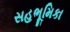
સહભૂમિકા